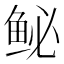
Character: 𫚑